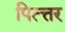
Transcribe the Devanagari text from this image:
पित्त्तर